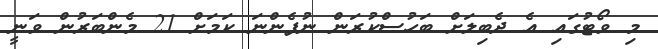
މި ވޯޓުގައި އެ ދެބިލަށް ބަހުސްކުރަން ނުފެންނަ ކަމަށް 21 މެންބަރުން ވަނީ